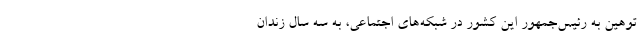
توهین به رئیس‌جمهور این کشور در شبکه‌های اجتماعی، به سه سال زندان